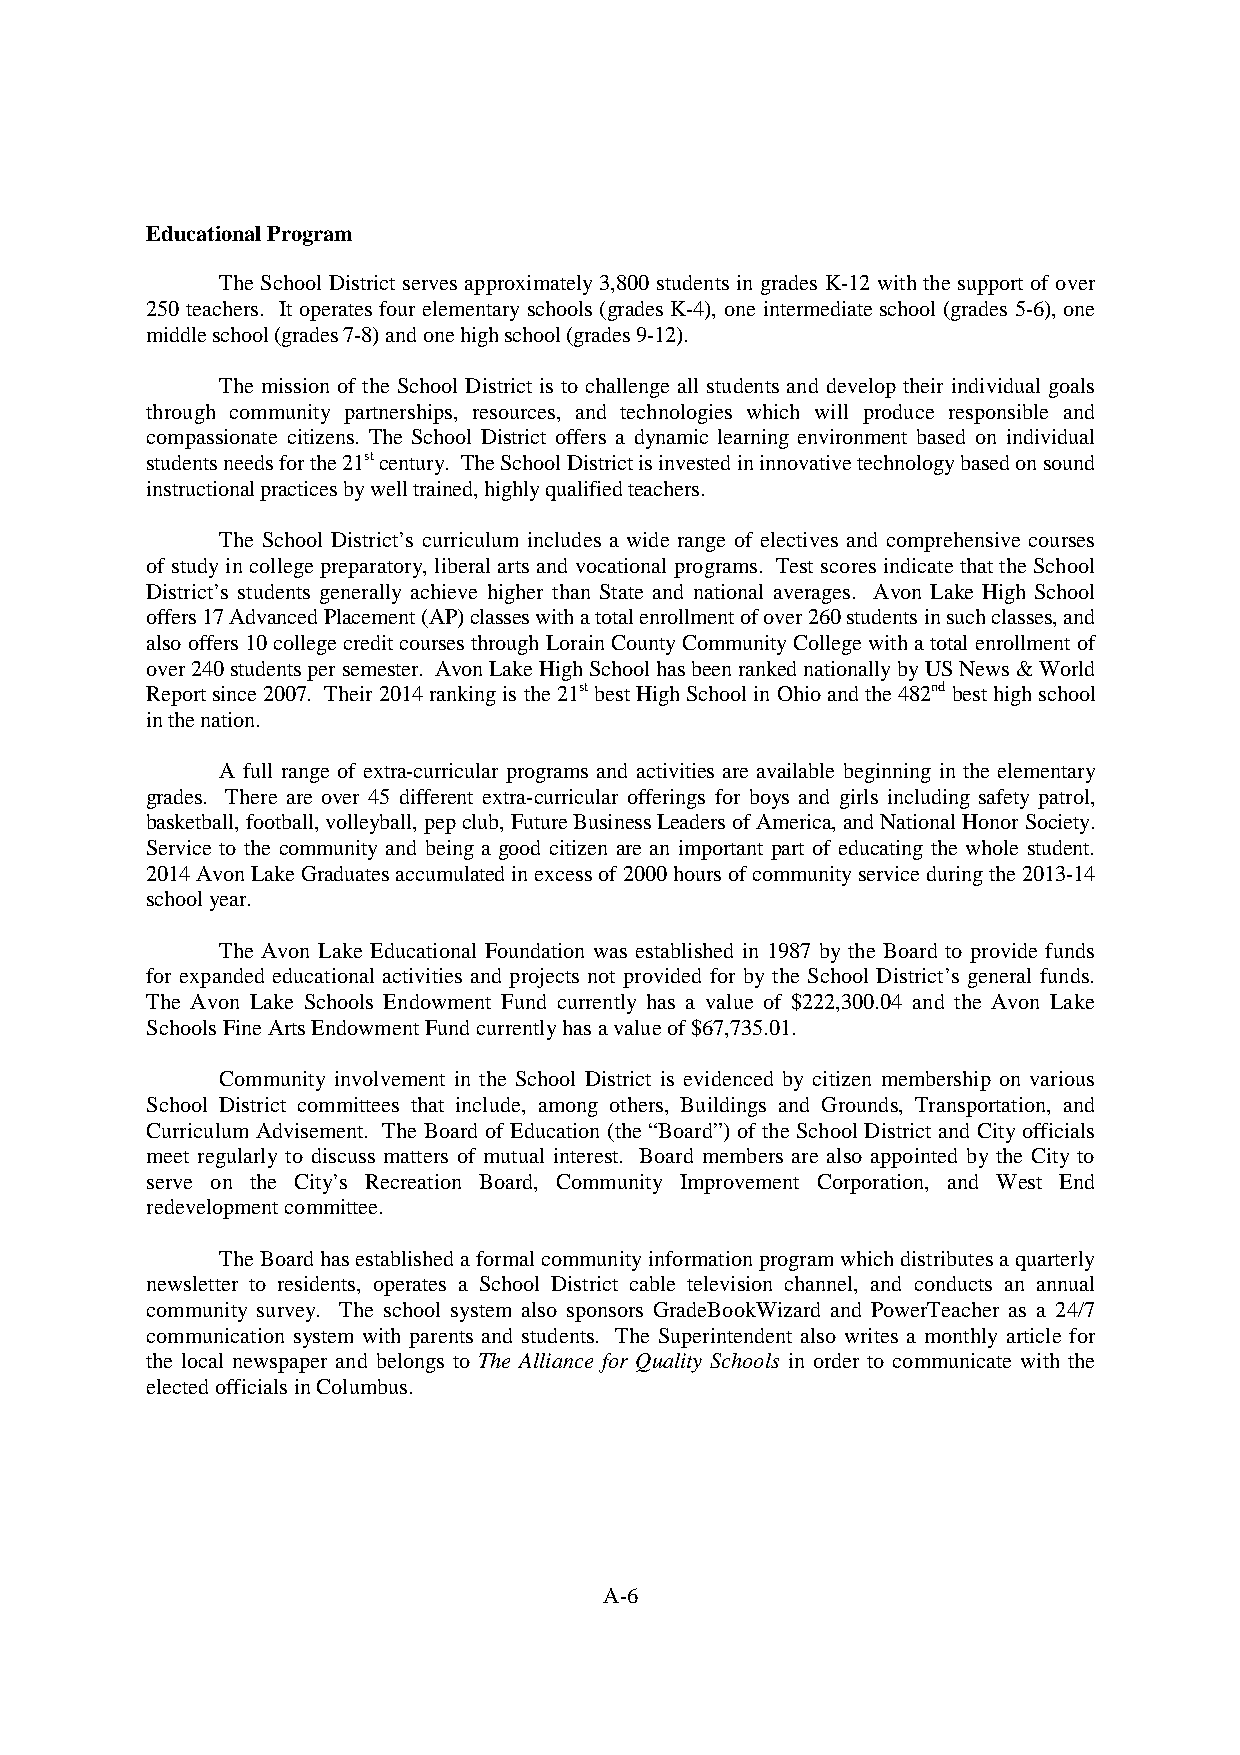
EducationalProgram
 The School District serves approximately3,800 students in grades K-12 with the support of over
 250 teachers. It operates four elementaryschools (grades K-4), one intermediate school (grades 5-6), one
 middleschool(grades7-8)andonehighschool(grades9-12).
 The mission of the School District is to challenge all students and develop their individual goals
 through community partnerships, resources, and technologies which will produce responsible and
 compassionate citizens. The School District offers a dynamic learning environment based on individual
 studentsneedsforthe21stcentury. TheSchoolDistrictisinvestedininnovativetechnologybasedonsound
 instructionalpracticesbywelltrained,highlyqualifiedteachers.
 The School District’s curriculum includes a wide range of electives and comprehensive courses
 ofstudyin college preparatory, liberal arts and vocational programs. Test scores indicatethatthe School
 District’s students generally achieve higher than State and national averages. Avon Lake High School
 offers17AdvancedPlacement(AP)classeswithatotalenrollmentofover260studentsinsuchclasses,and
 also offers 10 college credit courses through Lorain CountyCommunityCollege with a total enrollment of
 over240studentspersemester. AvonLakeHighSchoolhasbeenrankednationallybyUSNews&World
 Report since 2007. Their 2014 rankingis the 21st bestHigh SchoolinOhio andthe 482nd best high school
 inthenation.
 A full range of extra-curricular programs and activities are available beginning in the elementary
 grades. There are over 45 different extra-curricular offerings for boys and girls including safety patrol,
 basketball,football,volleyball,pepclub,FutureBusinessLeadersofAmerica,andNationalHonorSociety.
 Service to the community and being a good citizen are an important part of educating the whole student.
 2014Avon LakeGraduatesaccumulatedinexcessof2000hoursofcommunityserviceduringthe2013-14
 schoolyear.
 The Avon Lake Educational Foundation was established in 1987 by the Board to provide funds
 for expanded educational activities and projects not provided for by the School District’s general funds.
 The Avon Lake Schools Endowment Fund currently has a value of $222,300.04 and the Avon Lake
 SchoolsFineArtsEndowmentFundcurrentlyhasavalueof$67,735.01.
 Community involvement in the School District is evidenced by citizen membership on various
 School District committees that include, among others, Buildings and Grounds, Transportation, and
 Curriculum Advisement. The Board of Education (the “Board”) of the School District and Cityofficials
 meet regularly to discuss matters of mutual interest. Board members are also appointed by the City to
 serve on the City’s Recreation Board, Community Improvement Corporation, and West End
 redevelopmentcommittee.
 TheBoardhasestablishedaformalcommunityinformationprogramwhichdistributesaquarterly
 newsletter to residents, operates a School District cable television channel, and conducts an annual
 community survey. The school system also sponsors GradeBookWizard and PowerTeacher as a 24/7
 communication system with parents and students. The Superintendent also writes a monthly article for
 the local newspaper and belongs to The Alliance for Quality Schools in order to communicate with the
 electedofficialsinColumbus.
 A-6